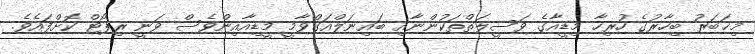
މިޚަބަރު ބިހާރުގެ ހުރިހާ މިޑީއާގެ ވަސީލަތްތަކުންނާއި ބައިނަލްއަގްވާމީ މީޑިއާއިންވެސް ވަނީ ރިޕޯޓް ކޮށްފައެވެ.